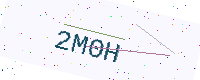
Text: 2M0H